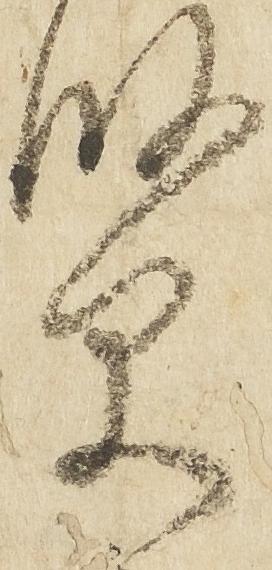
賢